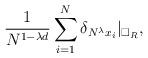
LaTeX: \begin{align*} \frac{1}{N^{1-\lambda d}} \sum_{i=1}^{N} \delta_{N^{\lambda}x_{i}}|_{\square_{R}},\end{align*}